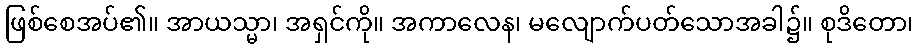
ဖြစ်စေအပ်၏။ အာယသ္မာ၊ အရှင်ကို။ အကာလေန၊ မလျောက်ပတ်သောအခါ၌။ စုဒိတော၊